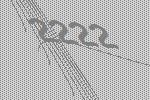
2222